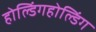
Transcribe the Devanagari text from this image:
होल्डिंगहोल्डिंग